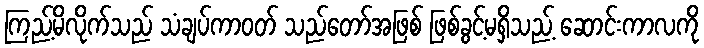
ကြည့်မိလိုက်သည် သံချပ်ကာဝတ် သည်တော်အဖြစ် ဖြစ်ခွင့်မရှိသည့် ဆောင်းကာလကို